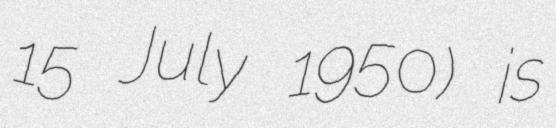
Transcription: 15 July 1950) is